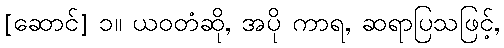
[ဆောင်] ၁။ ယဝတံဆို, အပို ကာရ, ဆရာပြသဖြင့်,